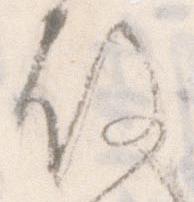
故